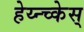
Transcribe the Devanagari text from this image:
हेय्न्च्केस्